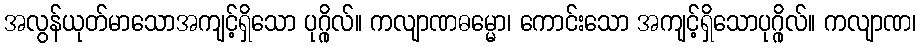
အလွန်ယုတ်မာသောအကျင့်ရှိသော ပုဂ္ဂိုလ်။ ကလျာဏဓမ္မော၊ ကောင်းသော အကျင့်ရှိသောပုဂ္ဂိုလ်။ ကလျာဏ၊